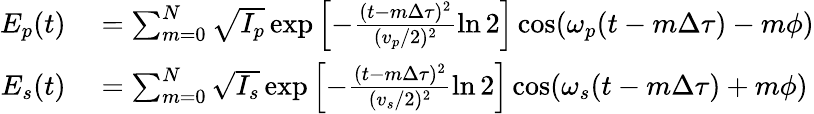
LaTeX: \begin{array}{rl}{E_{p}(t)}&{{}=\sum_{m=0}^{N}{\sqrt{I_{p}}\exp\left[-\frac{(t-m\Delta\tau)^{2}}{(v_{p}/2)^{2}}\ln 2\right]\cos(\omega_{p}(t-m\Delta\tau)-m\phi)}}\\ {E_{s}(t)}&{{}=\sum_{m=0}^{N}{\sqrt{I_{s}}\exp\left[-\frac{(t-m\Delta\tau)^{2}}{(v_{s}/2)^{2}}\ln 2\right]\cos(\omega_{s}(t-m\Delta\tau)+m\phi)}}\end{array}